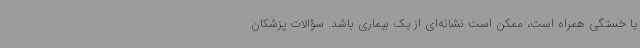
یا خستگی همراه است، ممکن است نشانه‌ای از یک بیماری باشد. سؤالات پزشکان